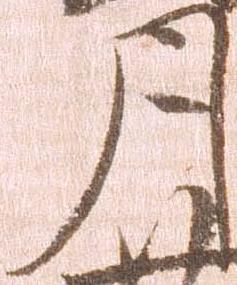
月